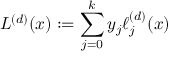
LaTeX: L ^ { ( d ) } ( x ) : = \sum _ { j = 0 } ^ { k } y _ { j } \ell _ { j } ^ { ( d ) } ( x )